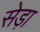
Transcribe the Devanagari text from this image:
सेड़ा